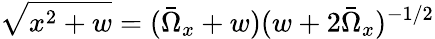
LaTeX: \sqrt{x^{2}+w}=(\bar{\Omega}_{x}+w)(w+2\bar{\Omega}_{x})^{-1/2}